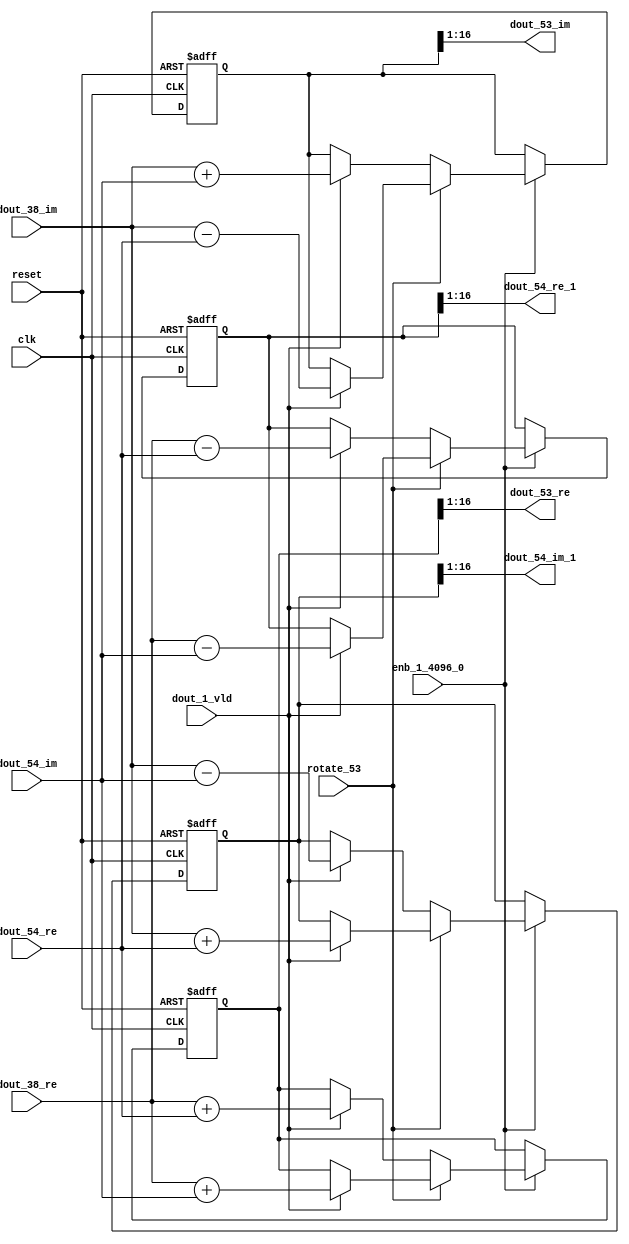
// -------------------------------------------------------------
// 
// 
// Generated by MATLAB 9.14 and HDL Coder 4.1
// 
// -------------------------------------------------------------


// -------------------------------------------------------------
// 
// Module: RADIX22FFT_SDNF2_4_block25
// Source Path: dsphdl.IFFT/RADIX22FFT_SDNF2_4
// Hierarchy Level: 4
// 
// -------------------------------------------------------------

`timescale 1 ns / 1 ns

module RADIX22FFT_SDNF2_4_block25
          (clk,
           reset,
           enb_1_4096_0,
           rotate_53,
           dout_38_re,
           dout_38_im,
           dout_54_re,
           dout_54_im,
           dout_1_vld,
           dout_53_re,
           dout_53_im,
           dout_54_re_1,
           dout_54_im_1);


  input   clk;
  input   reset;
  input   enb_1_4096_0;
  input   rotate_53;  // ufix1
  input   signed [15:0] dout_38_re;  // sfix16_En14
  input   signed [15:0] dout_38_im;  // sfix16_En14
  input   signed [15:0] dout_54_re;  // sfix16_En14
  input   signed [15:0] dout_54_im;  // sfix16_En14
  input   dout_1_vld;
  output  signed [15:0] dout_53_re;  // sfix16_En14
  output  signed [15:0] dout_53_im;  // sfix16_En14
  output  signed [15:0] dout_54_re_1;  // sfix16_En14
  output  signed [15:0] dout_54_im_1;  // sfix16_En14


  reg  Radix22ButterflyG2_NF_din_vld_dly;
  reg signed [16:0] Radix22ButterflyG2_NF_btf1_re_reg;  // sfix17
  reg signed [16:0] Radix22ButterflyG2_NF_btf1_im_reg;  // sfix17
  reg signed [16:0] Radix22ButterflyG2_NF_btf2_re_reg;  // sfix17
  reg signed [16:0] Radix22ButterflyG2_NF_btf2_im_reg;  // sfix17
  reg  Radix22ButterflyG2_NF_din_vld_dly_next;
  reg signed [16:0] Radix22ButterflyG2_NF_btf1_re_reg_next;  // sfix17_En14
  reg signed [16:0] Radix22ButterflyG2_NF_btf1_im_reg_next;  // sfix17_En14
  reg signed [16:0] Radix22ButterflyG2_NF_btf2_re_reg_next;  // sfix17_En14
  reg signed [16:0] Radix22ButterflyG2_NF_btf2_im_reg_next;  // sfix17_En14
  reg signed [15:0] dout_53_re_1;  // sfix16_En14
  reg signed [15:0] dout_53_im_1;  // sfix16_En14
  reg signed [15:0] dout_54_re_2;  // sfix16_En14
  reg signed [15:0] dout_54_im_2;  // sfix16_En14
  reg  dout_4_vld;
  reg signed [16:0] Radix22ButterflyG2_NF_add_cast;  // sfix17_En14
  reg signed [16:0] Radix22ButterflyG2_NF_add_cast_0;  // sfix17_En14
  reg signed [16:0] Radix22ButterflyG2_NF_add_cast_1;  // sfix17_En14
  reg signed [16:0] Radix22ButterflyG2_NF_add_cast_2;  // sfix17_En14
  reg signed [16:0] Radix22ButterflyG2_NF_sub_cast;  // sfix17_En14
  reg signed [16:0] Radix22ButterflyG2_NF_sub_cast_0;  // sfix17_En14
  reg signed [16:0] Radix22ButterflyG2_NF_sub_cast_1;  // sfix17_En14
  reg signed [16:0] Radix22ButterflyG2_NF_sub_cast_2;  // sfix17_En14
  reg signed [16:0] Radix22ButterflyG2_NF_sra_temp;  // sfix17_En14
  reg signed [16:0] Radix22ButterflyG2_NF_add_cast_3;  // sfix17_En14
  reg signed [16:0] Radix22ButterflyG2_NF_add_cast_4;  // sfix17_En14
  reg signed [16:0] Radix22ButterflyG2_NF_add_cast_5;  // sfix17_En14
  reg signed [16:0] Radix22ButterflyG2_NF_add_cast_6;  // sfix17_En14
  reg signed [16:0] Radix22ButterflyG2_NF_sra_temp_0;  // sfix17_En14
  reg signed [16:0] Radix22ButterflyG2_NF_sub_cast_3;  // sfix17_En14
  reg signed [16:0] Radix22ButterflyG2_NF_sub_cast_4;  // sfix17_En14
  reg signed [16:0] Radix22ButterflyG2_NF_sub_cast_5;  // sfix17_En14
  reg signed [16:0] Radix22ButterflyG2_NF_sub_cast_6;  // sfix17_En14
  reg signed [16:0] Radix22ButterflyG2_NF_sra_temp_1;  // sfix17_En14
  reg signed [16:0] Radix22ButterflyG2_NF_sra_temp_2;  // sfix17_En14


  // Radix22ButterflyG2_NF
  always @(posedge clk or posedge reset)
    begin : Radix22ButterflyG2_NF_process
      if (reset == 1'b1) begin
        Radix22ButterflyG2_NF_din_vld_dly <= 1'b0;
        Radix22ButterflyG2_NF_btf1_re_reg <= 17'sb00000000000000000;
        Radix22ButterflyG2_NF_btf1_im_reg <= 17'sb00000000000000000;
        Radix22ButterflyG2_NF_btf2_re_reg <= 17'sb00000000000000000;
        Radix22ButterflyG2_NF_btf2_im_reg <= 17'sb00000000000000000;
      end
      else begin
        if (enb_1_4096_0) begin
          Radix22ButterflyG2_NF_din_vld_dly <= Radix22ButterflyG2_NF_din_vld_dly_next;
          Radix22ButterflyG2_NF_btf1_re_reg <= Radix22ButterflyG2_NF_btf1_re_reg_next;
          Radix22ButterflyG2_NF_btf1_im_reg <= Radix22ButterflyG2_NF_btf1_im_reg_next;
          Radix22ButterflyG2_NF_btf2_re_reg <= Radix22ButterflyG2_NF_btf2_re_reg_next;
          Radix22ButterflyG2_NF_btf2_im_reg <= Radix22ButterflyG2_NF_btf2_im_reg_next;
        end
      end
    end

  always @(Radix22ButterflyG2_NF_btf1_im_reg, Radix22ButterflyG2_NF_btf1_re_reg,
       Radix22ButterflyG2_NF_btf2_im_reg, Radix22ButterflyG2_NF_btf2_re_reg,
       Radix22ButterflyG2_NF_din_vld_dly, dout_1_vld, dout_38_im, dout_38_re,
       dout_54_im, dout_54_re, rotate_53) begin
    Radix22ButterflyG2_NF_add_cast_1 = 17'sb00000000000000000;
    Radix22ButterflyG2_NF_add_cast_2 = 17'sb00000000000000000;
    Radix22ButterflyG2_NF_sub_cast_1 = 17'sb00000000000000000;
    Radix22ButterflyG2_NF_sub_cast_2 = 17'sb00000000000000000;
    Radix22ButterflyG2_NF_add_cast_5 = 17'sb00000000000000000;
    Radix22ButterflyG2_NF_add_cast_6 = 17'sb00000000000000000;
    Radix22ButterflyG2_NF_sub_cast_5 = 17'sb00000000000000000;
    Radix22ButterflyG2_NF_sub_cast_6 = 17'sb00000000000000000;
    Radix22ButterflyG2_NF_add_cast = 17'sb00000000000000000;
    Radix22ButterflyG2_NF_add_cast_0 = 17'sb00000000000000000;
    Radix22ButterflyG2_NF_sub_cast = 17'sb00000000000000000;
    Radix22ButterflyG2_NF_sub_cast_0 = 17'sb00000000000000000;
    Radix22ButterflyG2_NF_add_cast_3 = 17'sb00000000000000000;
    Radix22ButterflyG2_NF_add_cast_4 = 17'sb00000000000000000;
    Radix22ButterflyG2_NF_sub_cast_3 = 17'sb00000000000000000;
    Radix22ButterflyG2_NF_sub_cast_4 = 17'sb00000000000000000;
    Radix22ButterflyG2_NF_btf1_re_reg_next = Radix22ButterflyG2_NF_btf1_re_reg;
    Radix22ButterflyG2_NF_btf1_im_reg_next = Radix22ButterflyG2_NF_btf1_im_reg;
    Radix22ButterflyG2_NF_btf2_re_reg_next = Radix22ButterflyG2_NF_btf2_re_reg;
    Radix22ButterflyG2_NF_btf2_im_reg_next = Radix22ButterflyG2_NF_btf2_im_reg;
    Radix22ButterflyG2_NF_din_vld_dly_next = dout_1_vld;
    if (rotate_53 != 1'b0) begin
      if (dout_1_vld) begin
        Radix22ButterflyG2_NF_add_cast_1 = {dout_38_re[15], dout_38_re};
        Radix22ButterflyG2_NF_add_cast_2 = {dout_54_im[15], dout_54_im};
        Radix22ButterflyG2_NF_btf1_re_reg_next = Radix22ButterflyG2_NF_add_cast_1 + Radix22ButterflyG2_NF_add_cast_2;
        Radix22ButterflyG2_NF_sub_cast_1 = {dout_38_re[15], dout_38_re};
        Radix22ButterflyG2_NF_sub_cast_2 = {dout_54_im[15], dout_54_im};
        Radix22ButterflyG2_NF_btf2_re_reg_next = Radix22ButterflyG2_NF_sub_cast_1 - Radix22ButterflyG2_NF_sub_cast_2;
        Radix22ButterflyG2_NF_add_cast_5 = {dout_38_im[15], dout_38_im};
        Radix22ButterflyG2_NF_add_cast_6 = {dout_54_re[15], dout_54_re};
        Radix22ButterflyG2_NF_btf2_im_reg_next = Radix22ButterflyG2_NF_add_cast_5 + Radix22ButterflyG2_NF_add_cast_6;
        Radix22ButterflyG2_NF_sub_cast_5 = {dout_38_im[15], dout_38_im};
        Radix22ButterflyG2_NF_sub_cast_6 = {dout_54_re[15], dout_54_re};
        Radix22ButterflyG2_NF_btf1_im_reg_next = Radix22ButterflyG2_NF_sub_cast_5 - Radix22ButterflyG2_NF_sub_cast_6;
      end
    end
    else if (dout_1_vld) begin
      Radix22ButterflyG2_NF_add_cast = {dout_38_re[15], dout_38_re};
      Radix22ButterflyG2_NF_add_cast_0 = {dout_54_re[15], dout_54_re};
      Radix22ButterflyG2_NF_btf1_re_reg_next = Radix22ButterflyG2_NF_add_cast + Radix22ButterflyG2_NF_add_cast_0;
      Radix22ButterflyG2_NF_sub_cast = {dout_38_re[15], dout_38_re};
      Radix22ButterflyG2_NF_sub_cast_0 = {dout_54_re[15], dout_54_re};
      Radix22ButterflyG2_NF_btf2_re_reg_next = Radix22ButterflyG2_NF_sub_cast - Radix22ButterflyG2_NF_sub_cast_0;
      Radix22ButterflyG2_NF_add_cast_3 = {dout_38_im[15], dout_38_im};
      Radix22ButterflyG2_NF_add_cast_4 = {dout_54_im[15], dout_54_im};
      Radix22ButterflyG2_NF_btf1_im_reg_next = Radix22ButterflyG2_NF_add_cast_3 + Radix22ButterflyG2_NF_add_cast_4;
      Radix22ButterflyG2_NF_sub_cast_3 = {dout_38_im[15], dout_38_im};
      Radix22ButterflyG2_NF_sub_cast_4 = {dout_54_im[15], dout_54_im};
      Radix22ButterflyG2_NF_btf2_im_reg_next = Radix22ButterflyG2_NF_sub_cast_3 - Radix22ButterflyG2_NF_sub_cast_4;
    end
    Radix22ButterflyG2_NF_sra_temp = Radix22ButterflyG2_NF_btf1_re_reg >>> 8'd1;
    dout_53_re_1 = Radix22ButterflyG2_NF_sra_temp[15:0];
    Radix22ButterflyG2_NF_sra_temp_0 = Radix22ButterflyG2_NF_btf1_im_reg >>> 8'd1;
    dout_53_im_1 = Radix22ButterflyG2_NF_sra_temp_0[15:0];
    Radix22ButterflyG2_NF_sra_temp_1 = Radix22ButterflyG2_NF_btf2_re_reg >>> 8'd1;
    dout_54_re_2 = Radix22ButterflyG2_NF_sra_temp_1[15:0];
    Radix22ButterflyG2_NF_sra_temp_2 = Radix22ButterflyG2_NF_btf2_im_reg >>> 8'd1;
    dout_54_im_2 = Radix22ButterflyG2_NF_sra_temp_2[15:0];
    dout_4_vld = Radix22ButterflyG2_NF_din_vld_dly;
  end



  assign dout_53_re = dout_53_re_1;

  assign dout_53_im = dout_53_im_1;

  assign dout_54_re_1 = dout_54_re_2;

  assign dout_54_im_1 = dout_54_im_2;

endmodule  // RADIX22FFT_SDNF2_4_block25